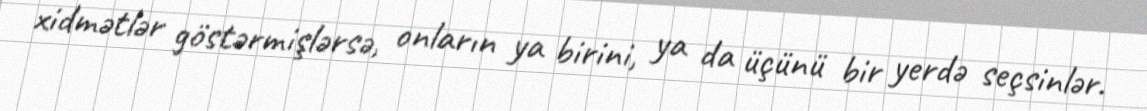
xidmətlər göstərmişlərsə, onların ya birini, ya da üçünü bir yerdə seçsinlər.